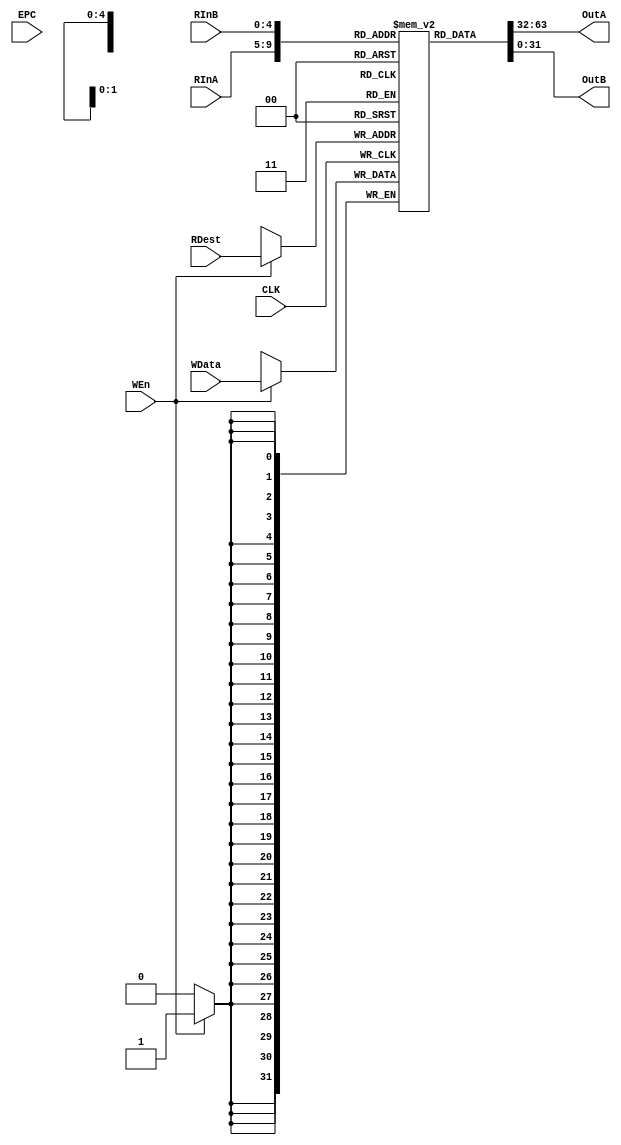
`timescale 1ns / 1ps
//////////////////////////////////////////////////////////////////////////////////
// Company: 
// Engineer: 
// 
// Design Name: 
// Module Name:    RegisterFile 
// Project Name: 
// Target Devices: 
// Tool versions: 
// Description: 
//
// Dependencies: 
//
// Revision: 
// Revision 0.01 - File Created
// Additional Comments: 
//
//////////////////////////////////////////////////////////////////////////////////
module RegisterFile(RInA,RInB,OutA,OutB,WEn,RDest,WData,CLK , EPC
    );
	input [4:0] RInA,RInB,RDest;
	input CLK,WEn;
	input [31:0] WData , EPC;
	output [31:0] OutA,OutB;
	reg [31:0] RegFile [31:0]; 
	reg [31:0] EPCREG;
  initial begin    //load in data and instructions of program  
  RegFile[0] <= 32'd0;
  RegFile[1] <= 32'd1;    
  RegFile[2] <= 32'd2;
  RegFile[3] <= 32'd3;
  RegFile[4] <= 32'd4;    
  RegFile[5] <= 32'd5;
  RegFile[6] <= 32'd6;
  RegFile[7] <= 32'd7;
  RegFile[8] <= 32'd8;    
  RegFile[9] <= 32'd9;
  RegFile[10] <= 32'd10;
  RegFile[11] <= 32'd11;
  RegFile[12] <= 32'd12;    
  RegFile[13] <= 32'd13;
  RegFile[14] <= 32'd14;
  RegFile[15] <= 32'd15;
  RegFile[16] <= 32'd16;    
  RegFile[17] <= 32'd17;
  RegFile[18] <= 32'd18;
  RegFile[19] <= 32'd19;
  RegFile[20] <= 32'd20;    
  RegFile[21] <= 32'd21;
  RegFile[22] <= 32'd22;
  RegFile[23] <= 32'd23;
  RegFile[24] <= 32'd24;    
  RegFile[25] <= 32'd25;
  RegFile[26] <= 32'd26;
  RegFile[27] <= 32'd27;  
  RegFile[28] <= 32'd28;
  RegFile[29] <= 32'd29;  
  RegFile[30] <= 32'd30;
  RegFile[31] <= 32'd31;  
  
  end 
  always @(EPC)begin
		EPCREG=EPC;
	end
  
	always@(posedge CLK)begin
		if(WEn==1)begin
			RegFile[RDest]<=WData;
		end
	end
assign	 OutA=RegFile[RInA];
assign	 OutB=RegFile[RInB];
	
	
endmodule